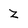
Character: Z